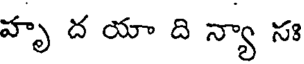
హృ ద యా ది న్యా సః